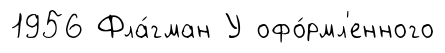
1956 Фла́гман У офо́рмл'енного